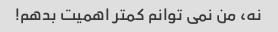
نه، من نمی توانم کمتر اهمیت بدهم!